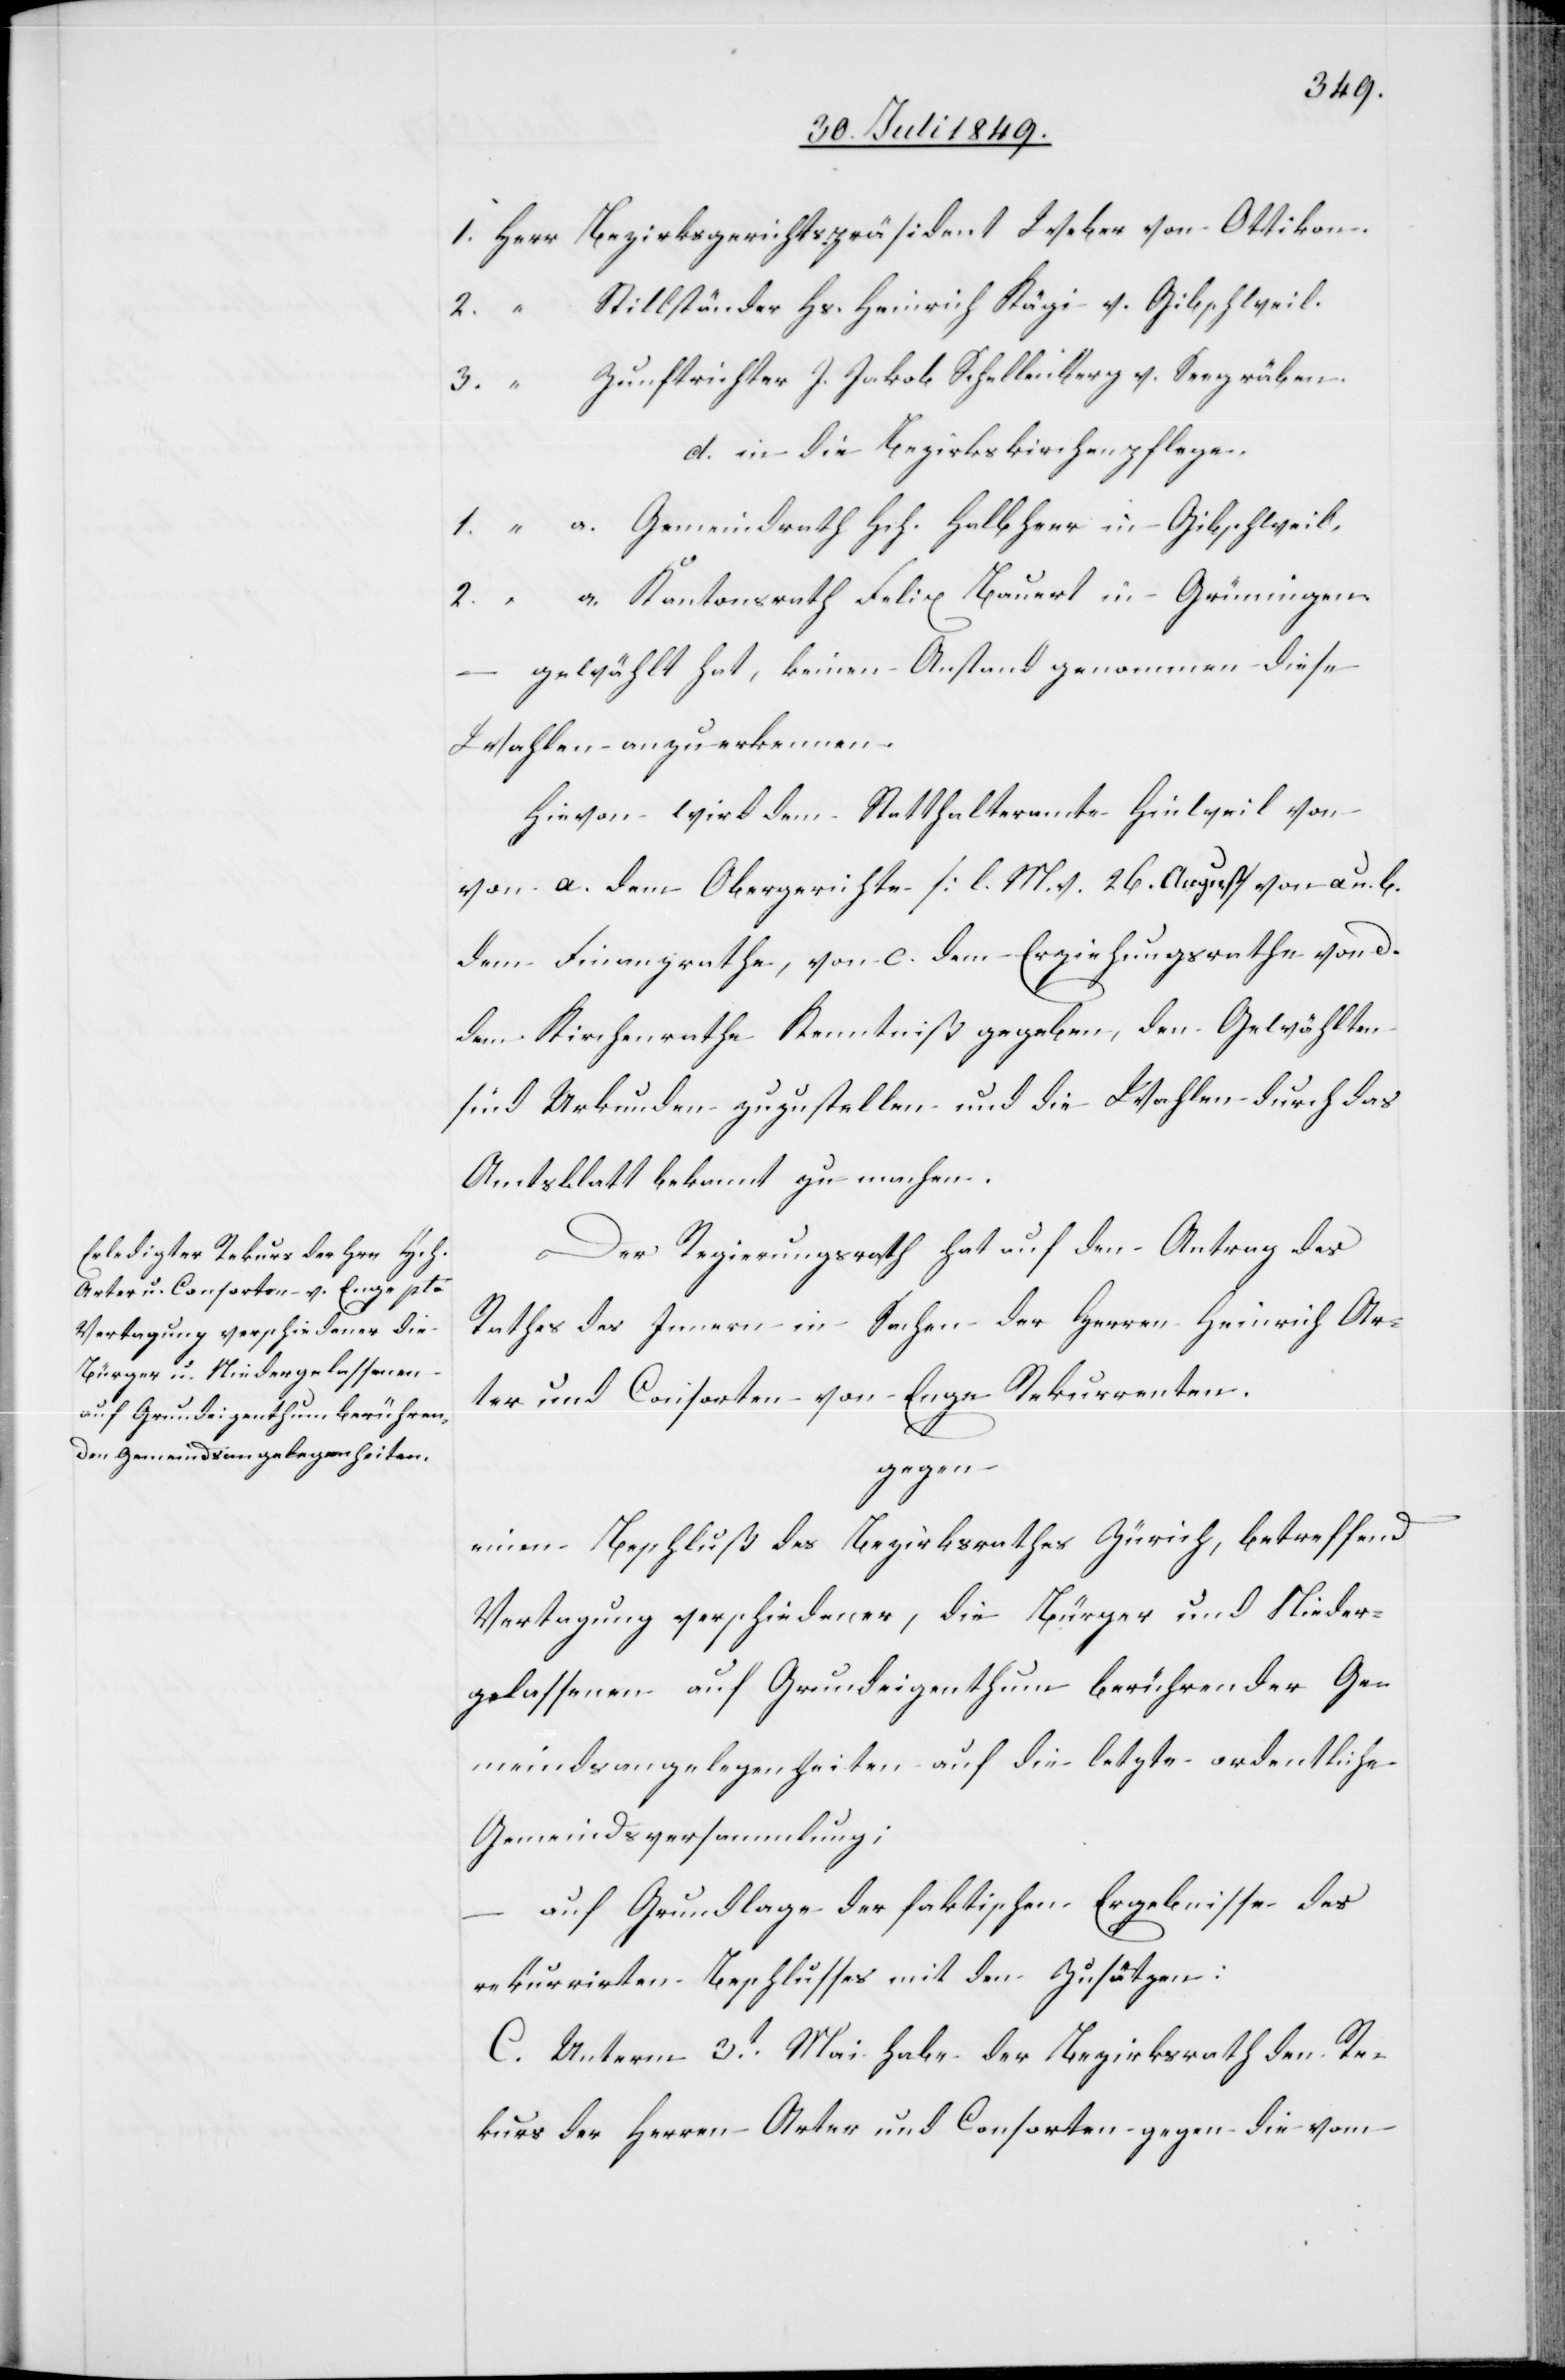
1.	Herr	Bezirksgerichtspräsident Weber von Ottikon.
2.		“	Stillständer Hs. Heinrich Kägi v. Gibschweil.
3.		“	Zunftrichter J. Jakob Schellenberg v. Seegräben.
d. in die Bezirkskirchenpflege.
1.		“	a. Gemeindrath Hch. Halbherr in Gibschweil
Kantonsrath Felix Bauert in Grüningen.
gewählt hat, keinen Anstand genommen diese
Wahlen anzuerkennen.
Hievon wird dem Statthalteramte Hinweil von
von [sic!] a. dem Obergerichte [l. M. v. 26. August] von a u. b.
dem Finanzrathe, von c. dem Erziehungsrathe von d.
dem Kirchenrathe Kenntniß gegeben, den Gewählten
sind Urkunden zuzustellen und die Wahlen durch das
Amtsblatt bekannt zu machen.
Der Regierungsrath hat auf den Antrag des
Rathes des Innern in Sachen der Herren Heinrich Ar¬
ter und Consorten von Enge Rekurrenten.
gegen
einen Beschluß des Bezirksrathes Zürich, betreffend
Vertagung verschiedener, die Bürger und Nieder¬
gelassenen auf Grundeigenthum berührender Ge¬
meindsangelegenheiten auf die letzte ordentliche
Gemeindsversammlung;
auf Grundlage der faktischen Ergebnisse des
rekurrirten Beschlusses mit den Zusätzen:
C. Unterm 3t Mai habe der Bezirksrath den Re¬
kurs der Herren Arter und Consorten gegen die vom